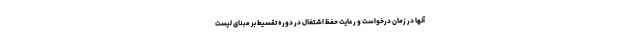
آنها در زمان درخواست و رعایت حفظ اشتغال در دوره تقسیط بر مبنای لیست